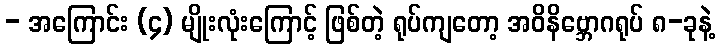
- အကြောင်း (၄) မျိုးလုံးကြောင့် ဖြစ်တဲ့ ရုပ်ကျတော့ အဝိနိဗ္ဘောဂရုပ် ၈-ခုနဲ့